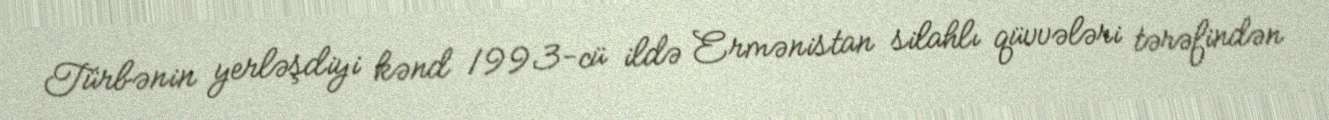
Türbənin yerləşdiyi kənd 1993-cü ildə Ermənistan silahlı qüvvələri tərəfindən